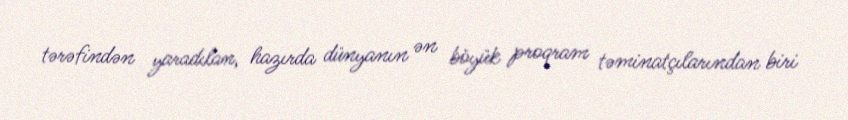
tərəfindən yaradılan, hazırda dünyanın ən böyük proqram təminatçılarından biri